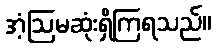
အံ့ဩမဆုံးရှိကြရသည်။